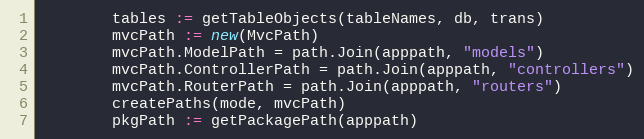
Language: Go
		tables := getTableObjects(tableNames, db, trans)
		mvcPath := new(MvcPath)
		mvcPath.ModelPath = path.Join(apppath, "models")
		mvcPath.ControllerPath = path.Join(apppath, "controllers")
		mvcPath.RouterPath = path.Join(apppath, "routers")
		createPaths(mode, mvcPath)
		pkgPath := getPackagePath(apppath)